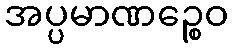
အပ္ပမာဏဉ္စေဝ